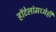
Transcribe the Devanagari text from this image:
हॉटेलांमध्येही